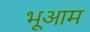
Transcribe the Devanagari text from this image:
भूआम